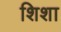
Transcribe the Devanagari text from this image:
शिशा